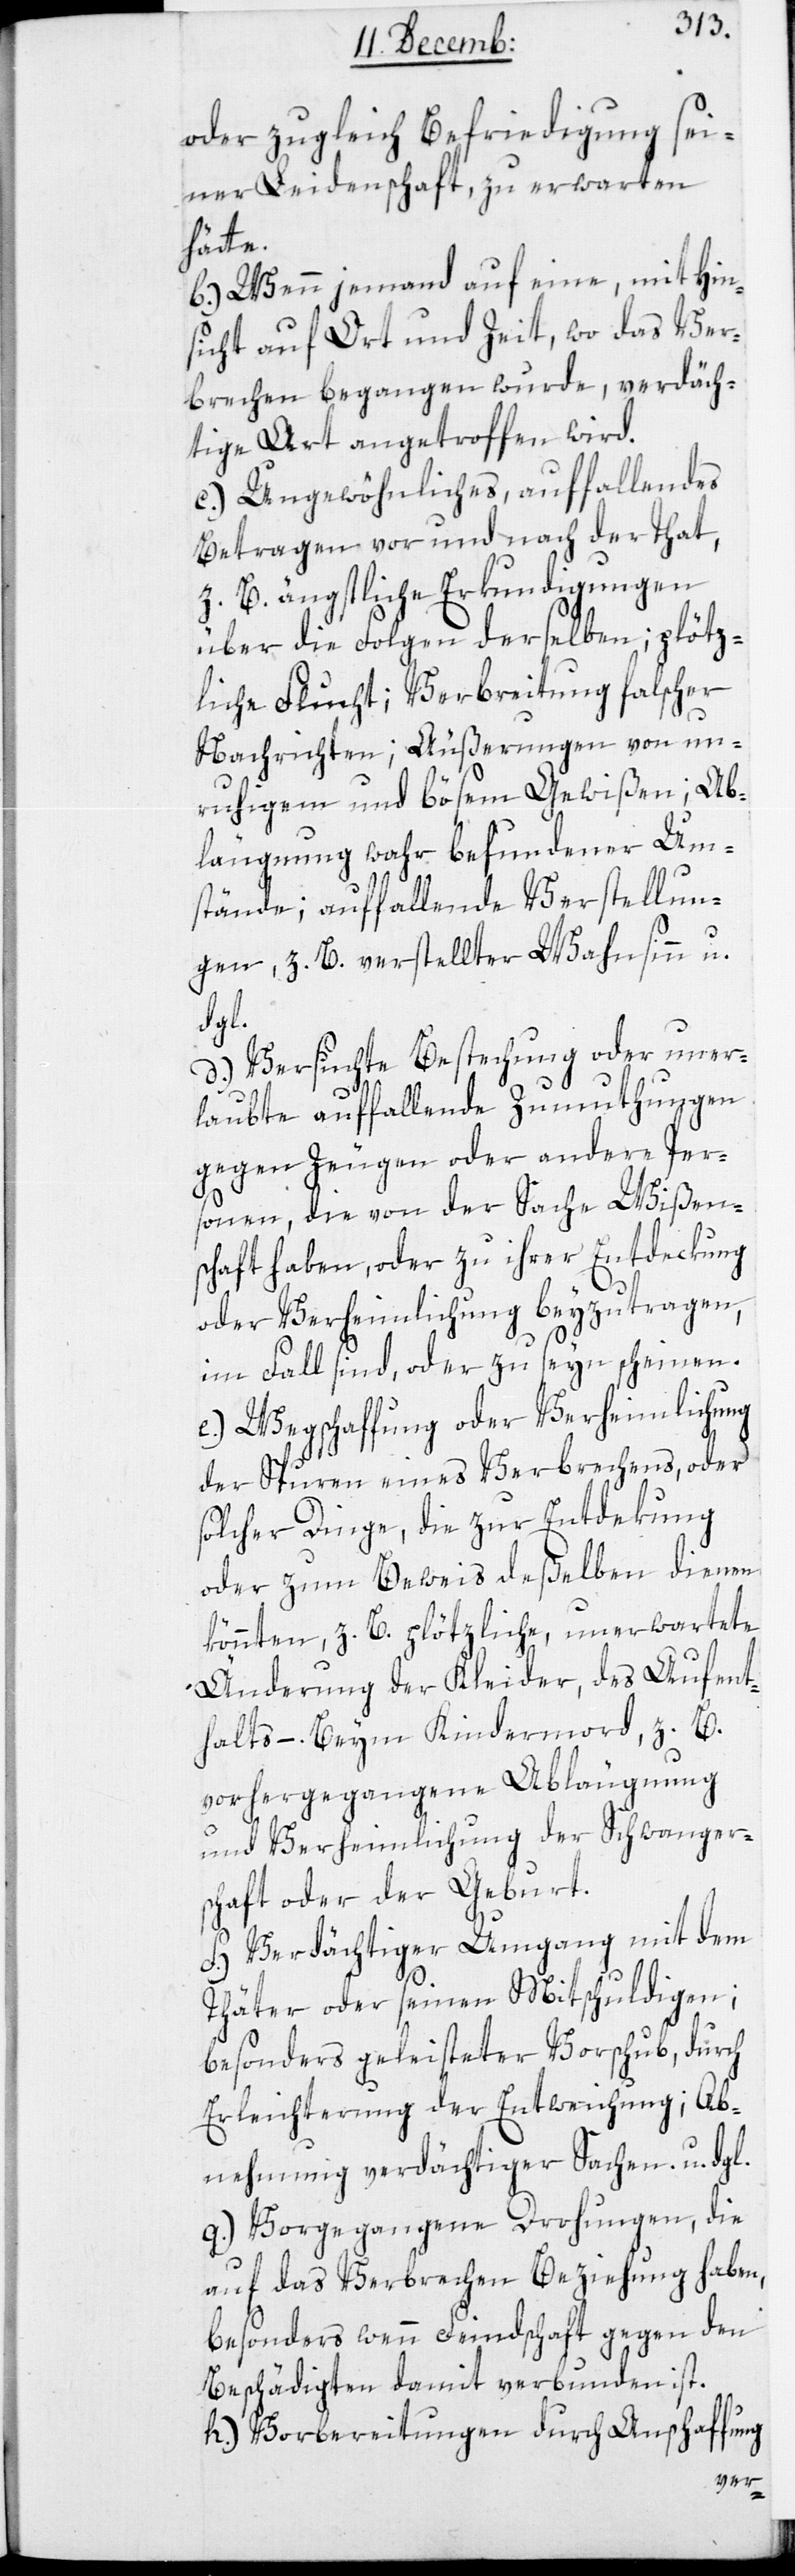
oder zugleich Befriedigung sei¬
ner Leidenschaft, zu erwarten
hätte.
b.) Wenn jemand auf eine, mit Hin¬
sicht auf Ort und Zeit, wo das Ver¬
brechen begangen wurde, verdäch¬
tige Art angetroffen wird.
c.) Ungewöhnliches, auffallendes
Betragen vor und nach der Tat,
z. B. ängstliche Erkundigungen
über die Folgen derselben, plötz¬
liche Flucht, Verbreitung falscher
Nachrichten, Äußerungen von un¬
ruhigem und bösem Gewißen, Ab¬
läugnung wahr befundener Um¬
stände, auffallende Verstellun¬
gen, z. B. verstellter Wahnsinn u.
dgl.
d.) Versuchte Bestechung oder uner¬
laubte auffallende Zumuthungen
gegen Zeugen oder andere Per¬
sonen, die von der Sache Wißen¬
schaft haben, oder zu ihrer Entdeckung
oder Verheimlichung beizutragen
im Fall sind oder zu seyn scheinen.
e.) Wegschaffung oder Verheimlichung
der Spuren eines Verbrechens oder
solcher Dinge, die zur Entdekung
oder zum Beweis deßelben dienen
könnten, z.B. plötzliche, unerwartete
Änderung der Kleider, des Aufent¬
halts –. Beym Kindermord, z.B.
vorhergegangene Abläugnung
und Verheimlichung der Schwangers¬
chaft oder der Geburt.
f.) Verdächtiger Umgang mit dem
Thäter oder seinen Mitschuldigen;
besonders geleisteter Vorschub, durch
Erleichterung der Entweichung; Ab¬
nehmung verdächtiger Sachen u. dgl.
g.) Vorgegangene Drohungen, die
auf das Verbrechen Beziehung haben,
besonders wenn Feindschaft gegen den
Beschädigten damit verbunden ist.
h.) Vorbereitungen durch Anschaffung